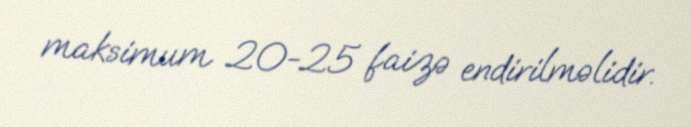
maksimum 20-25 faizə endirilməlidir.